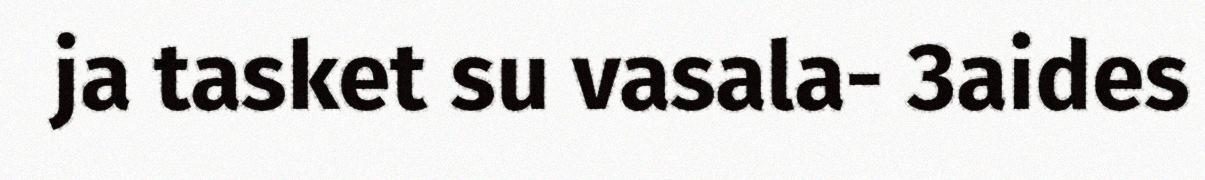
ja tasket su vasala- 3aides